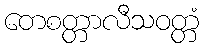
တေစတ္တာလီသဝတ္တံ